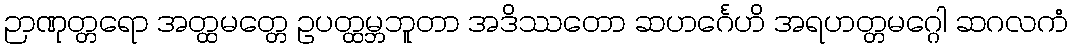
ဉာဏုတ္တရော အတ္ထမတ္တေ ဥပတ္ထမ္ဘဘူတာ အဒိဿတော ဆဟင်္ဂေဟိ အရဟတ္တမဂ္ဂေါ ဆဂလကံ